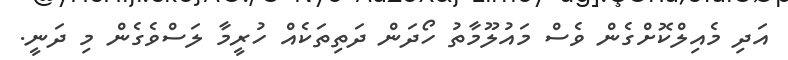
އަދި މެއިލްކޮށްގެން ވެސް މައުލޫމާތު ހޯދަން ދަތިތަކެއް ހުރީމާ ލަސްވެގެން މި ދަނީ.